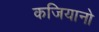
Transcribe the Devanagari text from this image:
कजियानो